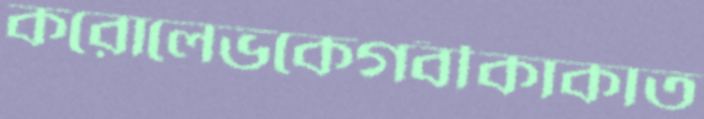
করোলেভকেগবীকাকাত